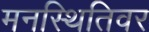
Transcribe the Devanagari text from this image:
मनस्थितिवर